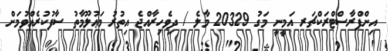
އިންފްރާސްޓްރަކްޗަރ އަމީނީ މަގު 20329 މާލެ / ދިވެހިރާއްޖެ އިތުރު މަޢުލޫމާތު ސާފުކުރެއްވުމަށް